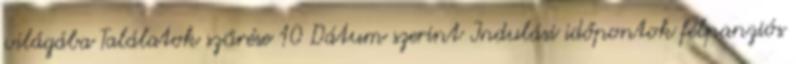
világába Találatok szűrése 10 Dátum szerint Indulási időpontok félpanziós